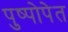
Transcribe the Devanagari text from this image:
पुष्पोपेत